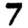
Digit: 7